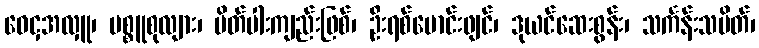
ဝေငှအလှူ၊ ပစ္စူစုလျား၊ ပိတ်ပါးကျည်းဖြစ်၊ ဦးရစ်ဗောင်းဖျင်၊ ဒုယင်ဆေးစွန်း၊ သင်္ကန်းသပိတ်၊